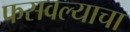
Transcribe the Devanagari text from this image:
फसवल्याचा